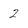
Character: 2